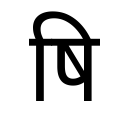
OCR:
षि